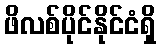
ဖိလစ်ပိုင်နိုင်ငံရှိ